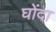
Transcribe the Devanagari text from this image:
घोंदा